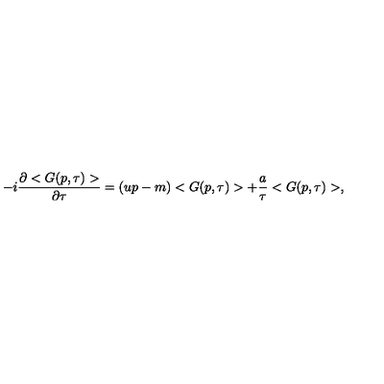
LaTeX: - i \frac { \partial < G ( p , \tau ) > } { \partial \tau } = ( u p - m ) < G ( p , \tau ) > + \frac { a } { \tau } < G ( p , \tau ) > ,